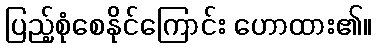
ပြည့်စုံစေနိုင်ကြောင်း ဟောထား၏။